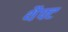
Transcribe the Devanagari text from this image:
थैफ्ट